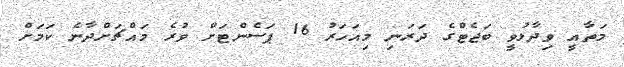
މަތާއީ ވިދާޅުވީ ބަޖެޓްގެ ދަރަނި މިއަހަރު 16 ޕަސެންޓަށް ވުރެ މައްޗަށްދާނެ ކަމަށް